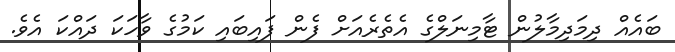
ބައެއް ދިމަދިމާލުން ޓާމިނަލްގެ އެތެރެއަށް ފެން ފައިބައި ކަމުގެ ވާހަކަ ދައްކަ އެވެ.